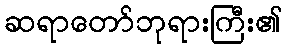
ဆရာတော်ဘုရားကြီး၏